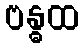
ဗန္ဓထ